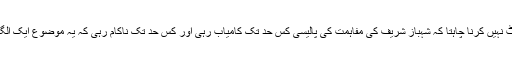
میں اس پر بوجوہ کمنٹ نہیں کرنا چاہتا کہ شہباز شریف کی مفاہمت کی پالیسی کس حد تک کامیاب رہی اور کس حد تک ناکام رہی کہ یہ موضوع ایک الگ کالم کا متقاضی ہے۔